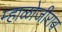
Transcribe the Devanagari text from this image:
म्हाळोजीराव